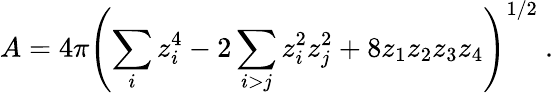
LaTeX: A=4\pi\left({\sum_{i}z_{i}^{4}-2\sum_{i>j}z_{i}^{2}z_{j}^{2}+8z_{1}z_{2}z_{3}z_{4}}\right)^{1/2}\ .